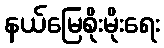
နယ်မြေစိုးမိုးရေး